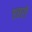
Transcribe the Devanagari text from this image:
एतरो